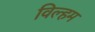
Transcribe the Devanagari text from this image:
विल्हम